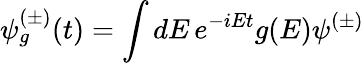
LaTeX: \psi_{g}^{(\pm)}(t)=\int dE\, e^{-iEt}g(E)\psi^{(\pm)}